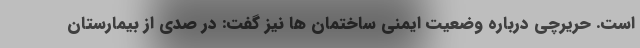
است. حریرچی درباره وضعیت ایمنی ساختمان ها نیز گفت: در صدی از بیمارستان